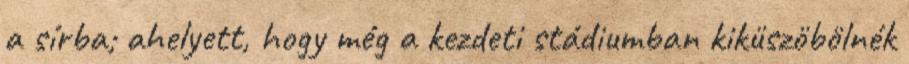
a sírba; ahelyett, hogy még a kezdeti stádiumban kiküszöbölnék